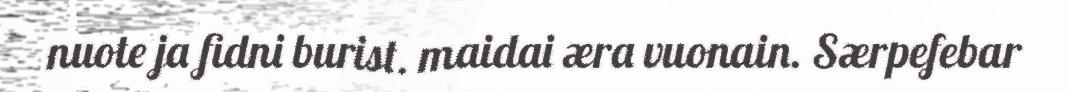
nuote ja fidni burist. maidai æra vuonain. Særpefebar